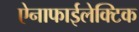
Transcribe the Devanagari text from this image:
ऐनाफाईलेक्टिक